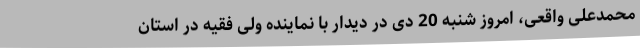
محمدعلی واقعی، امروز شنبه 20 دی در دیدار با نماینده ولی فقیه در استان